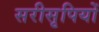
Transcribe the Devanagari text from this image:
सरीसृपियों